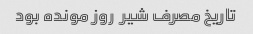
تاریخ مصرف شیر  روز مونده بود